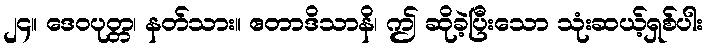
၂၄။ ဒေဝပုတ္တ၊ နတ်သား။ ဧတာဒိသာနိ၊ ဤ ဆိုခဲ့ပြီးသော သုံးဆယ့်ရှစ်ပါး